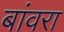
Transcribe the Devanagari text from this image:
बांवरा